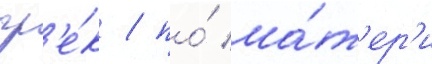
гр'е́к / по́ ма́т'ер'и